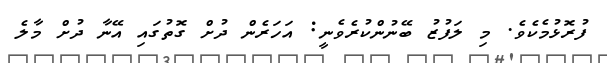
ފުރޮޅުމެކެވެ. މި ލަފުޒު ބޭނުންކުރެވެނީ: އަހަރެން ދުށް ގޮތުގައި އޭނާ ދުށް މާލެ